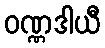
ဝဏ္ဏဒါယီ